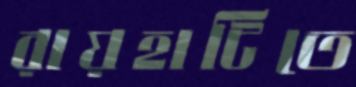
রায়হাটিতে